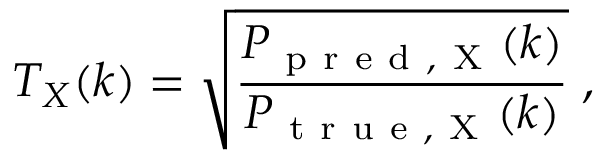
T _ { X } ( k ) = \sqrt { \frac { P _ { \mathrm { ~ p ~ r ~ e ~ d ~ , ~ X ~ } } ( k ) } { P _ { \mathrm { ~ t ~ r ~ u ~ e ~ , ~ X ~ } } ( k ) } } \; ,